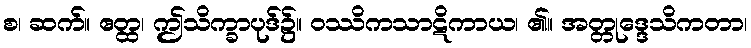
စ၊ ဆက်။ ဧတ္ထ၊ ဤသိက္ခာပုဒ်၌။ ဝဿိကသာဋိကာယ၊ ၏။ အတ္တုဒ္ဒေသိကတာ၊